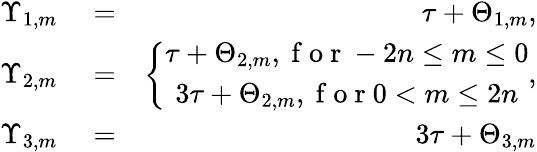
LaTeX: \begin{array}{rlr}{\Upsilon_{1,m}}&{{}=}&{\tau+\Theta_{1,m},}\\ {\Upsilon_{2,m}}&{{}=}&{\left\{ \begin{array}{c}{\tau+\Theta_{2,m},\mathrm{~f~o~r~}-2n\leq m\leq 0}\\ {3\tau+\Theta_{2,m},\mathrm{~f~o~r~}0<m\leq 2n}\end{array}\right.,}\\ {\Upsilon_{3,m}}&{{}=}&{3\tau+\Theta_{3,m}}\end{array}